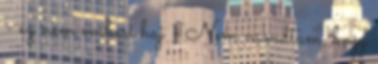
- ez nem emberi haj - Nem mondtam, hogy